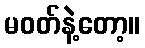
မဝတ်နဲ့တော့။